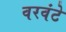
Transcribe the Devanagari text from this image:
वरवंटे